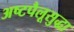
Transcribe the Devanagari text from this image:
अष्टपैलूसुद्धा